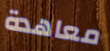
معاهدة